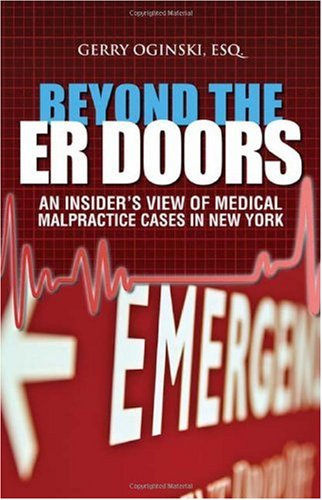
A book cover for Beyond the ER Doors: an Insiders View of Medical Malpractice Cases in New York; Gerry Oginski; Law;